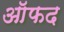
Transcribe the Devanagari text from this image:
ऑफद